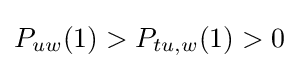
P_{uw}(1)>P_{tu,w}(1)>0